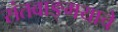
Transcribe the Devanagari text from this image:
संतवाङ्‌मयाचे